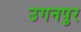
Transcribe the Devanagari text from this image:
उगनपुर